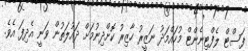
ފަސްޓް ލެފްޓިނެންޓް މުހައްމަދު ނަޒީރު ހާޒިރު ކޮށްދިނުމަށް ދައުލަތުން ވަނީ އެދިފަ އެވެ.